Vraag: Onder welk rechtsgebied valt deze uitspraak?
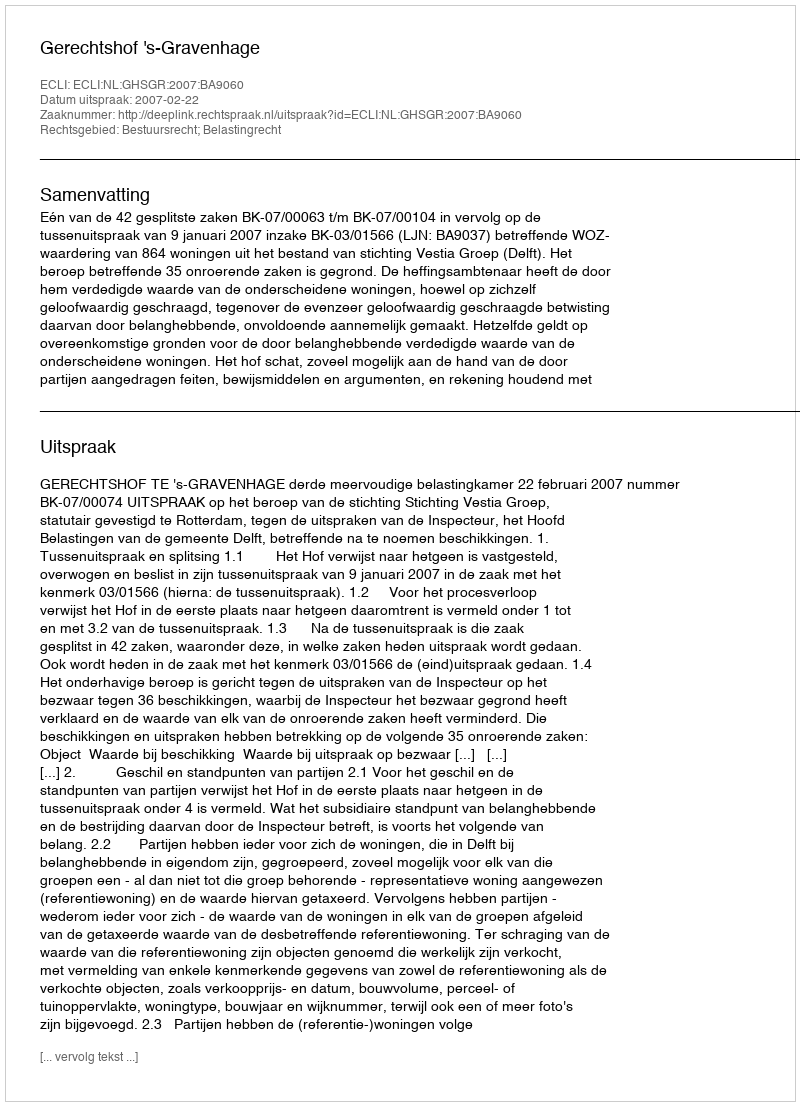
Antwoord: Bestuursrecht; Belastingrecht